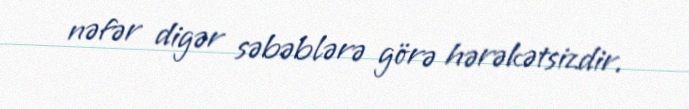
nəfər digər səbəblərə görə hərəkətsizdir.